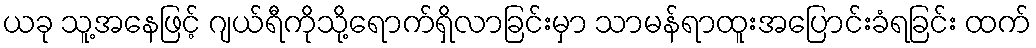
ယခု သူ့အနေဖြင့် ဂျယ်ရီကိုသို့ရောက်ရှိလာခြင်းမှာ သာမန်ရာထူးအပြောင်းခံရခြင်း ထက်